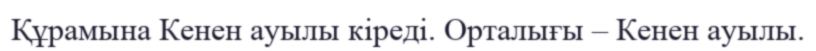
Құрамына Кенен ауылы кіреді. Орталығы – Кенен ауылы.